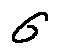
\sigma